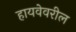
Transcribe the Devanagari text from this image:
हायवेवरील